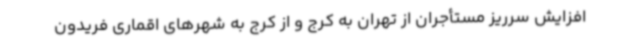
افزایش سرریز مستأجران از تهران به کرج و از کرج به شهرهای اقماری فریدون